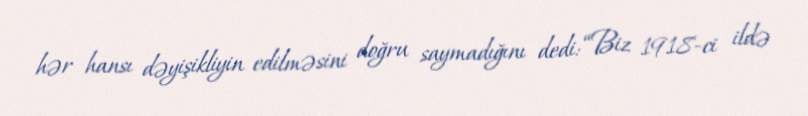
hər hansı dəyişikliyin edilməsini doğru saymadığını dedi: “Biz 1918-ci ildə